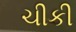
ચીકી